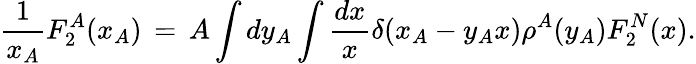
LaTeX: \frac{1}{x_{A}}F_{2}^{A}(x_{A})\, =\, A\int dy_{A}\int\frac{dx}{x}\delta(x_{A}-y_{A}x)\rho^{A}(y_{A})F_{2}^{N}(x).